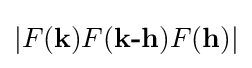
|F({\textbf {k}})F({\textbf {k-h}})F({\textbf {h}})|